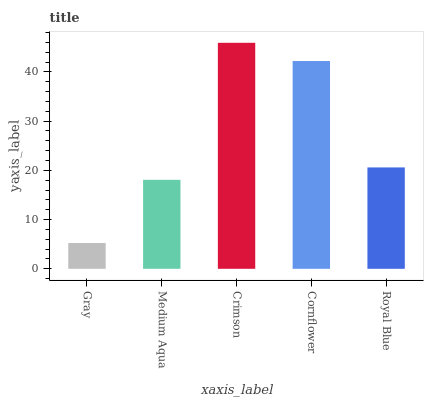
| xaxis_label | bars |
 | --- | --- |
 | Gray | 5.24 |
 | Medium Aqua | 18.1 |
 | Crimson | 45.9 |
 | Cornflower | 42.2 |
 | Royal Blue | 20.6 |